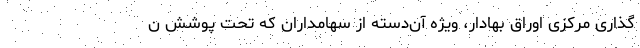
گذاری مرکزی اوراق بهادار، ویژه آن‌دسته از سهامداران که تحت پوشش ن